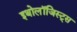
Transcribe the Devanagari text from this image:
इथोलॉजिस्ट्स